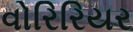
વોરિરિયર